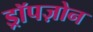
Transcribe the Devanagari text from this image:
ड्रॉपज़ोन